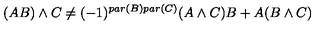
( A B ) \wedge C \neq ( - 1 ) ^ { p a r ( B ) p a r ( C ) } ( A \wedge C ) B + A ( B \wedge C )